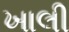
ખાલી